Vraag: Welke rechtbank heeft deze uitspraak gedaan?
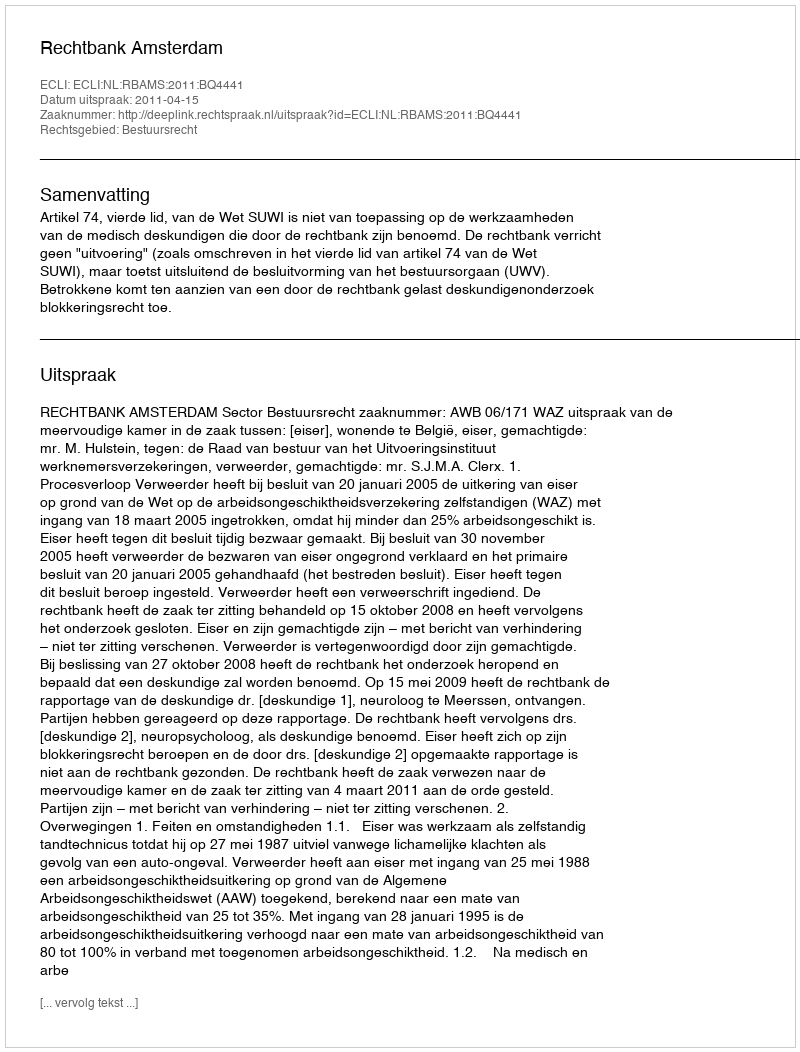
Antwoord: Rechtbank Amsterdam